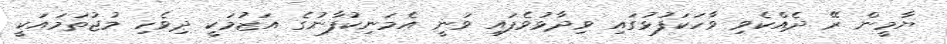
ޔާމީން ރޭ ދެއްކެވި ވާހަކަފުޅުގައި ވިދާޅުވެފައި ވަނީ އެމަނިކުފާނުގެ އަޒުމަކީ ދިވެހި މުޖުތަމައަކީ